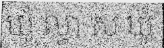
ឃុំ ល្វា ស ឃុំ